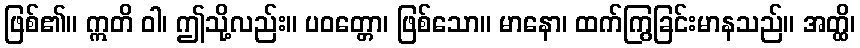
ဖြစ်၏။ ဣတိ ဝါ၊ ဤသို့လည်း။ ပဝတ္တော၊ ဖြစ်သော။ မာနော၊ ထက်ကြွခြင်းမာနသည်။ အတ္ထိ၊